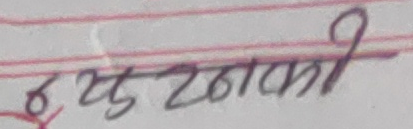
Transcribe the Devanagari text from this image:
खुल्नानी